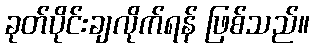
ခုတ်ပိုင်းချလိုက်ရန် ဖြစ်သည်။